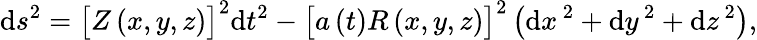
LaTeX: \begin{array}{r}{\begin{array}{rcl}{\displaystyle\mathrm{d}s^{2}=\big[Z\left(x,y,z\right)\big]^{2}\mathrm{d}t^{2}-\big[a\left(t\right)R\left(x,y,z\right)\big]^{2}\left(\mathrm{d}x^{\, 2}+\mathrm{d}y^{\, 2}+\mathrm{d}z^{\, 2}\right),}\end{array}}\end{array}